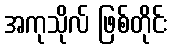
အကုသိုလ် ဖြစ်တိုင်း